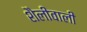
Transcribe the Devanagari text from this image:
शैलीवाली